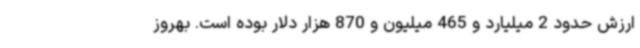
ارزش حدود 2 میلیارد و 465 میلیون و 870 هزار دلار بوده است. بهروز